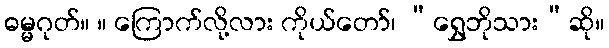
ဓမ္မဂုတ်။ ။ ကြောက်လို့လား ကိုယ်တော်၊ “ရွှေဘိုသား”ဆို။